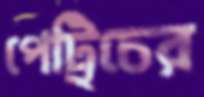
পেট্রিচের